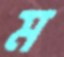
ম